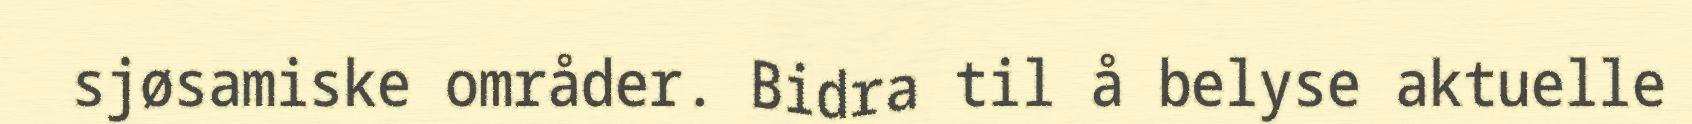
sjøsamiske områder. Bidra til å belyse aktuelle